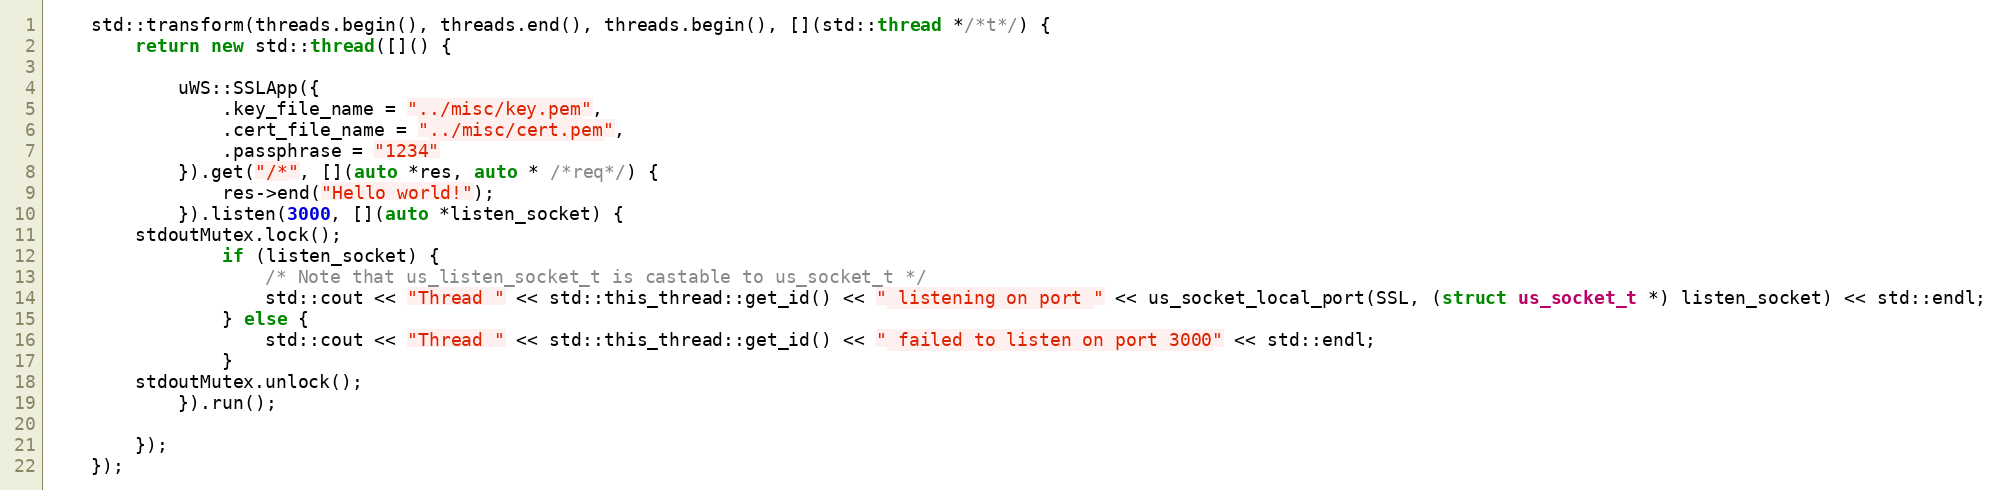
Language: C++
    std::transform(threads.begin(), threads.end(), threads.begin(), [](std::thread */*t*/) {
        return new std::thread([]() {

            uWS::SSLApp({
                .key_file_name = "../misc/key.pem",
                .cert_file_name = "../misc/cert.pem",
                .passphrase = "1234"
            }).get("/*", [](auto *res, auto * /*req*/) {
                res->end("Hello world!");
            }).listen(3000, [](auto *listen_socket) {
		stdoutMutex.lock();
                if (listen_socket) {
                    /* Note that us_listen_socket_t is castable to us_socket_t */
                    std::cout << "Thread " << std::this_thread::get_id() << " listening on port " << us_socket_local_port(SSL, (struct us_socket_t *) listen_socket) << std::endl;
                } else {
                    std::cout << "Thread " << std::this_thread::get_id() << " failed to listen on port 3000" << std::endl;
                }
		stdoutMutex.unlock();
            }).run();

        });
    });